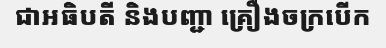
ជាអធិបតី និងបញ្ជា គ្រឿងចក្របើក